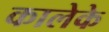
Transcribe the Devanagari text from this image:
कालेके